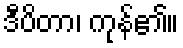
ဒီပိတာ၊ ကုန်၏။